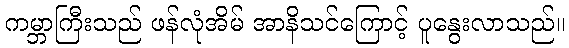
ကမ္ဘာကြီးသည် ဖန်လုံအိမ် အာနိသင်ကြောင့် ပူနွေးလာသည်။